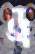
ড্র